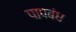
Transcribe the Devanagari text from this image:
पापबंध